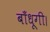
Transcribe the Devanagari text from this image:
बाँधूगी।